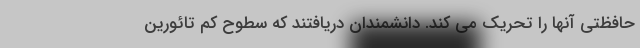
حافظتی آنها را تحریک می کند. دانشمندان دریافتند که سطوح کم تائورین